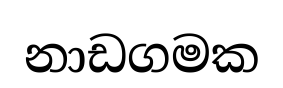
නාඩගමක